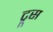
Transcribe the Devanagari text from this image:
ट्रूस